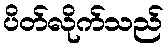
ပိတ်လိုက်သည်